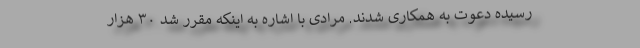
رسیده دعوت به همکاری شدند. مرادی با اشاره به اینکه مقرر شد ۳۰ هزار